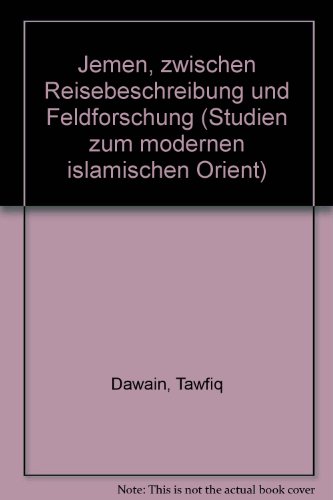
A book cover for Jemen, zwischen Reisebeschreibung und Feldforschung: Ein Beitrag zum Begriff der Erfahrung in der Ethnologie (Studien zum modernen islamischen Orient) (German Edition); Tawfiq Dawani; Travel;